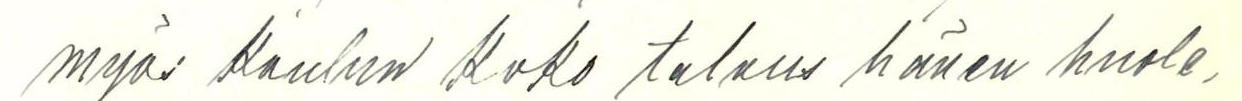
myös koulun koko talous hänen huole-